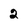
Character: 2